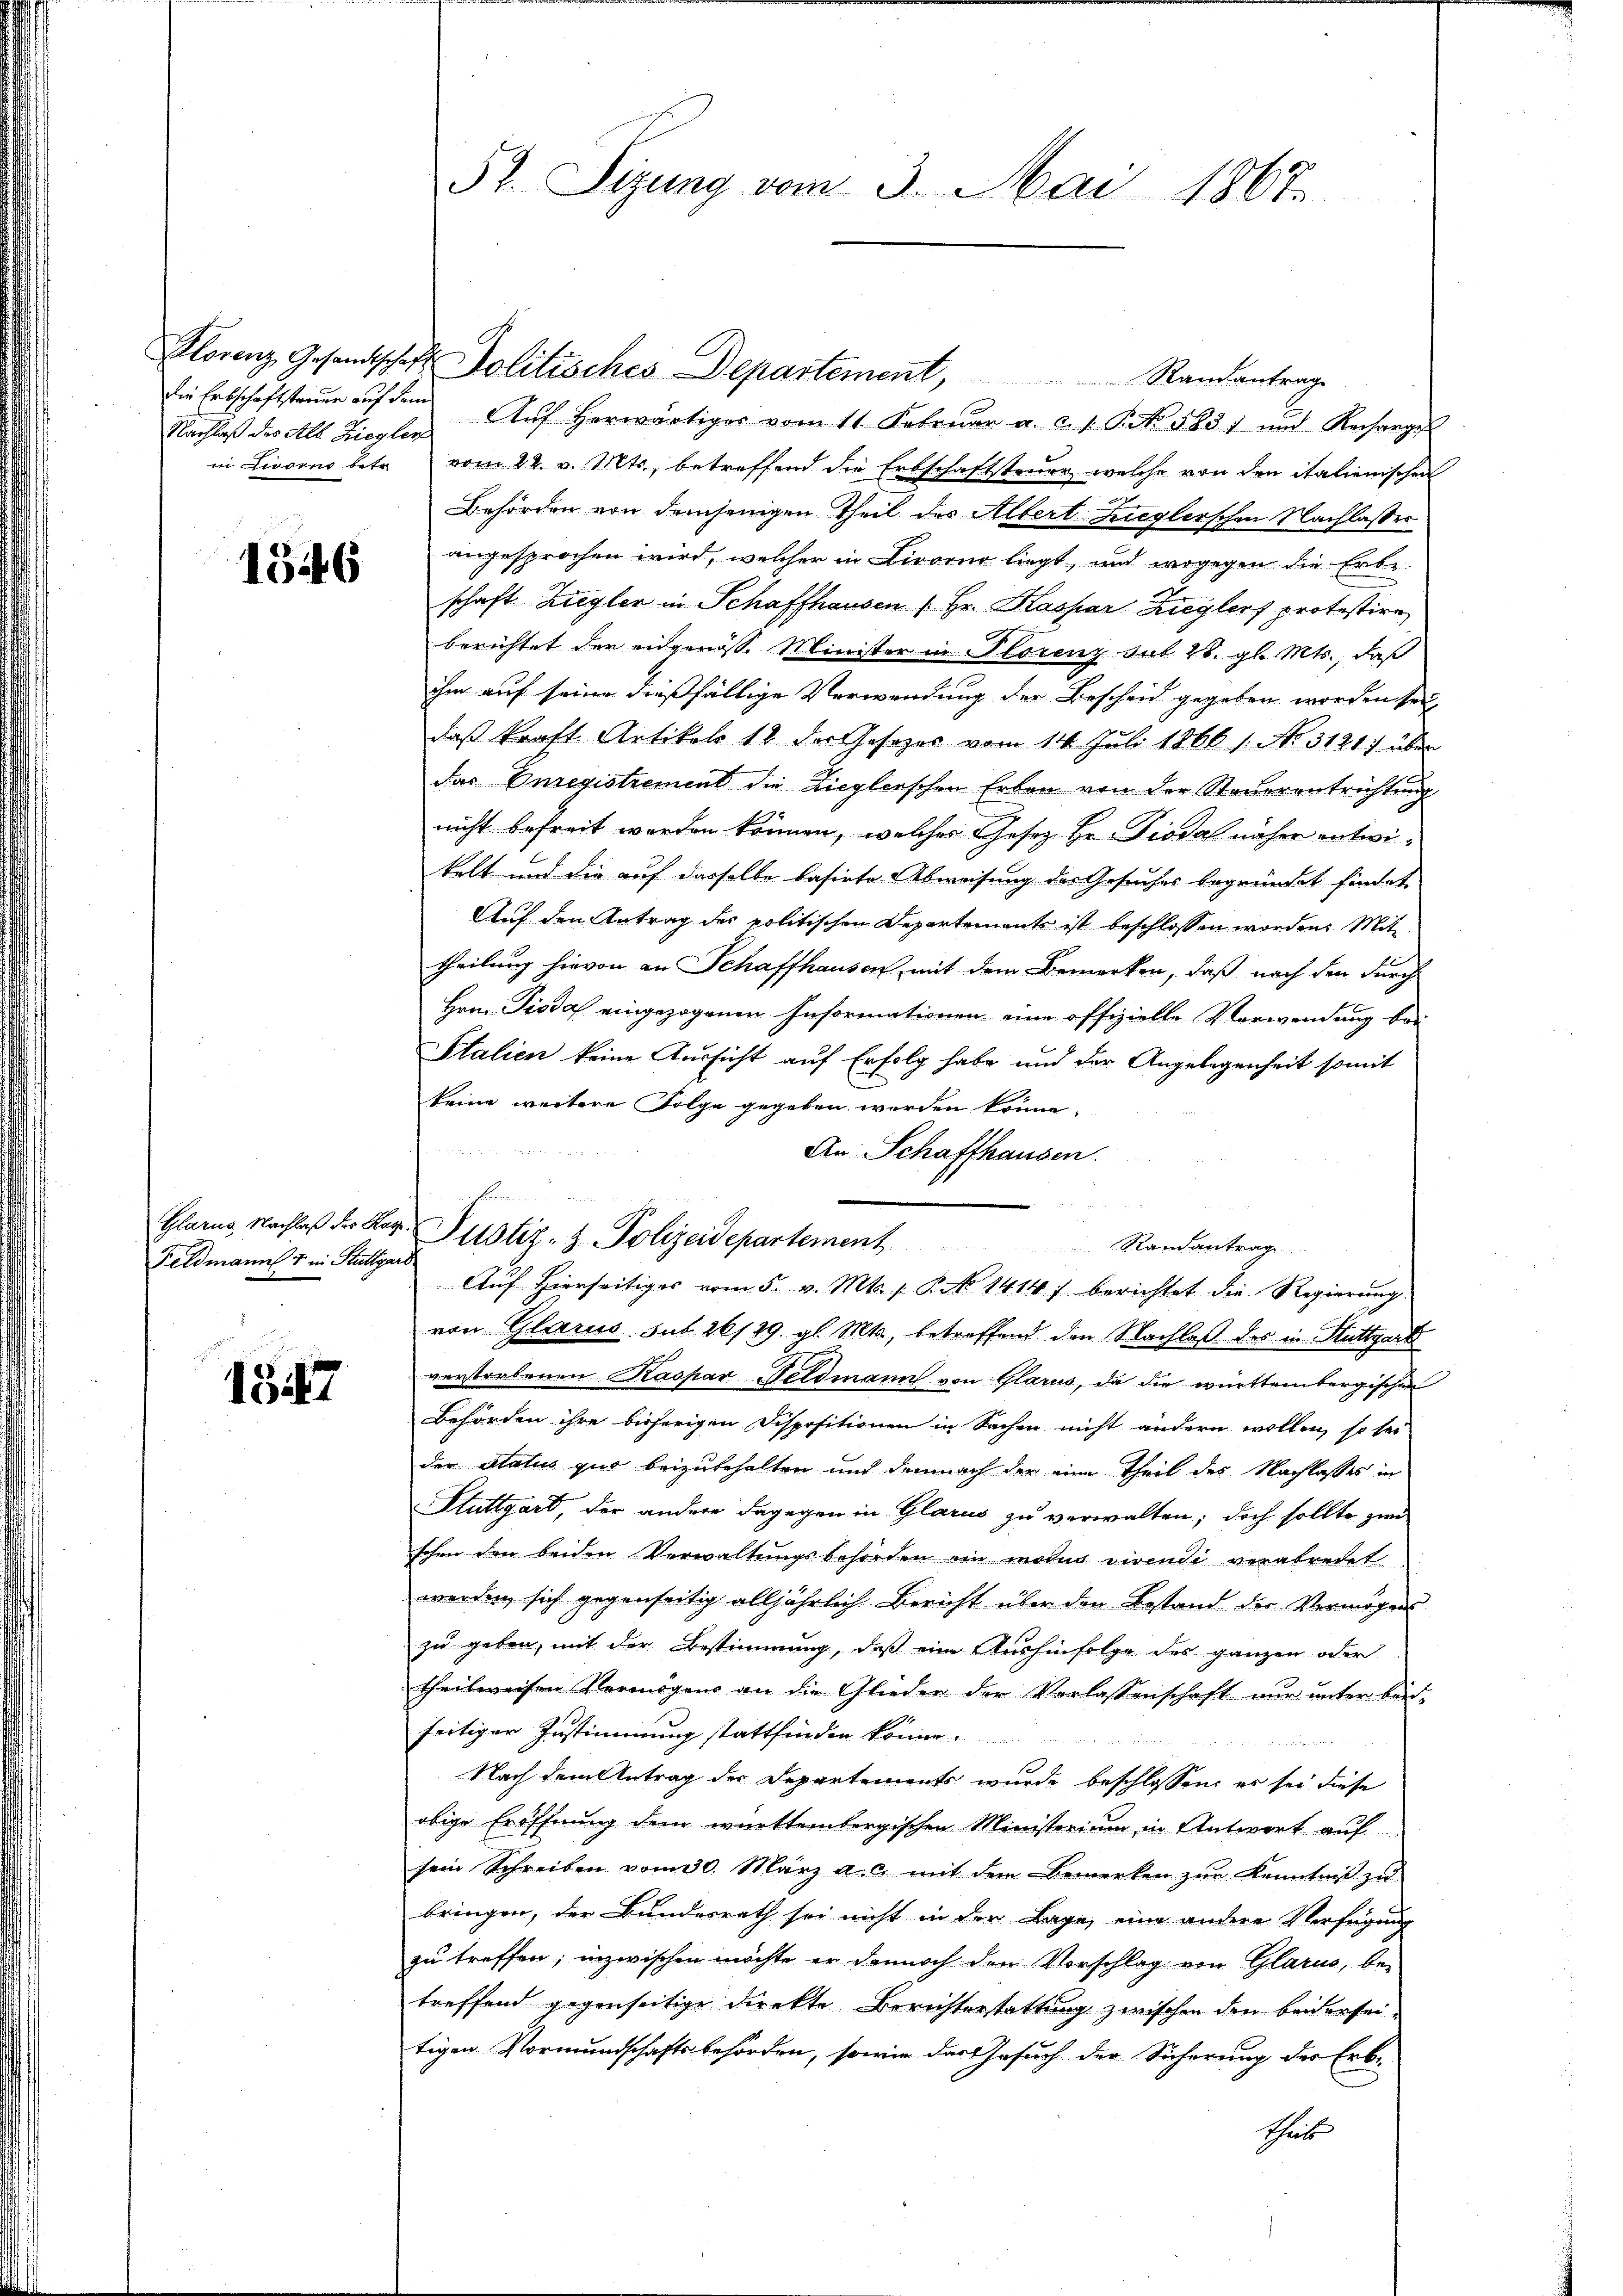
Nachlaß des Als Ziegler
in Livorno betr.

1346

Glarus, Nachlaß des Kaz
Feldmann 7 in Stuttgard

1547

52. Sitzung vom 3. Mai 1867.

Justiz- & Polizeidepartement

Hlorenz Gesandtschaft Politisches Departement, Randantrage
die Erbschaftsteŭer aŭf dem Aŭf herwärtiges vom 11. Febrŭar a. c. 1. P. Nr. 5831 und Recharge
vom 22. v. Mts., betreffend die Erbschaftsteuer, welche von den italienischen
Behörden von demjenigen Theil des Altert Zieglerschen Nachlasser
angesprochen wird, welcher in Livorno liegt, und wogegen die Erbe
schaft Ziegler in Schaffhausen 1. Hr. Kaspar Zieglers protestire
berichtet der eidgenöss. Minister in Florenz sub 28. gl. Mts., daß
ihm auf seine dießfällige Verwendung der Bescheid gegeben worden sei,
daß kraft Artikels 18 der Gesezes vom 14. Juli 1866 1. No. 3121) über
das Anregistrement die Zieglerschen Erben von der Steuerentrichtung
nicht befreit werden können, welches Gesez Hr. Piodal näher entwitelt und die auf dasselbe basirte Abweisung des Gesuches begründet findet,
Auf den Antrag des politischen Departement ist beschlossen worden. Mit
theilung hievon an Schaffhausen, mit dem Bemerken, daß nach den durch
Hrn. Pioda eingezogenen Informationen eine offizielle Verwendung bei
Italien keine Aussicht auf Erfolg habe und der Angelegenheit somit
keine weitere Folge gegeben werden könne.

An Schaffhausen.
Randantrag
Aŭf Hierseitiges vom 5. v. Mts. 1. P. No 1414) berichtet die Regierung
von Glarus sub 26/29. gl. Mts., betreffend den Nachlaß des in Stuttgart
verstorbenen Kaspar Feldmann von Glarus, da die württembergischen
Behörden ihre bisherigen Dispositionen in Sachen nicht andern wollen, so sei
der Status quo beizubehalten und demnach der eine Theil des Nachlasses in
Stuttgart, der andere dagegen in Glarus zu verwalten; doch sollte zwi
schen den beiden Verwaltungsbehörden ein modi dirende verabredet
werden, sich gegenseitig alljährlich Bericht über den Bestand der Vermögens
zu geben, mit der Bestimmung, daß eine Aushinfolge des ganzen oder
theilweisen Vermögens an die Glieder der Verlassenschaft nŭr ŭnter bei-
seitiger Zustimmung stattfinden könne.
Nach dem Antrag der Departements wurde beschlossen, es sei diese
obige Eröffnung dem württembergischen Ministerium in Antwort auf
sein Schreiben vom 30. März a. c. mit dem bemerken zŭr Kenntniβ zŭ
bringen, der Bundesrath sei nicht in der Lage, eine andere Verfügung
zu treffen; inzwischen möchte er dennoch den Vorschlag von Glarus, be-
treffend gegenseitige Direkte Berichterstattung zwischen den beiderseitigen Vormundschaftsbehörden, sowie das Gesuch der Sicherung des Erb-
theit